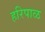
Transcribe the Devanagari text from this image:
हरिपाळ